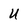
Character: U